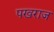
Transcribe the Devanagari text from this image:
पखराज